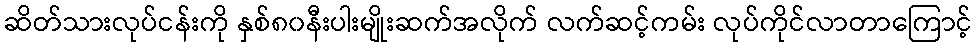
ဆိတ်သားလုပ်ငန်းကို နှစ်၈၀နီးပါးမျိုးဆက်အလိုက် လက်ဆင့်ကမ်း လုပ်ကိုင်လာတာကြောင့်